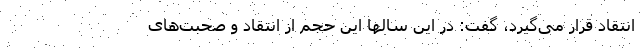
انتقاد قرار می‌گیرد، گفت: در این سالها این حجم از انتقاد و صحبت‌های